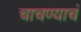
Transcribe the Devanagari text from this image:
चाचण्याचं